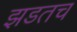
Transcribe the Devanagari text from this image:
झडतच